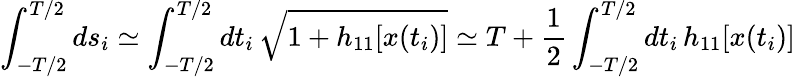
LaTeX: \int_{-T/2}^{T/2}ds_{i}\simeq\int_{-T/2}^{T/2}dt_{i}\, \sqrt{1+h_{11}[x(t_{i})]}\simeq T+\frac{1}{2}\int_{-T/2}^{T/2}dt_{i}\, h_{11}[x(t_{i})]